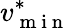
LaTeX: v_{\mathrm{~m~i~n~}}^{*}